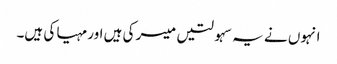
انہوں نے یہ سہولتیں میسر کی ہیں اور مہیا کی ہیں۔